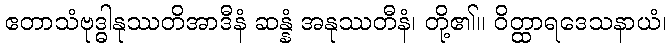
ဧတာသံဗုဒ္ဓါနုဿတိအာဒီနံ ဆန္နံ အနုဿတီနံ၊ တို့၏။ ဝိတ္ထာရဒေသနာယံ၊